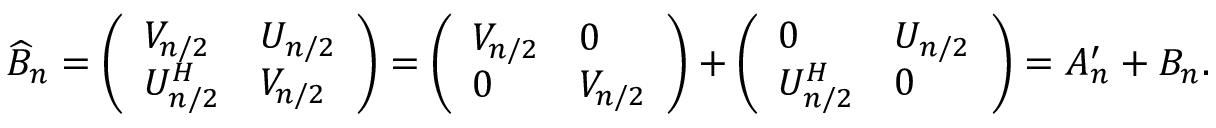
\widehat { B } _ { n } = \left( \begin{array} { l l } { V _ { n / 2 } } & { U _ { n / 2 } } \\ { U _ { n / 2 } ^ { H } } & { V _ { n / 2 } } \end{array} \right) = \left( \begin{array} { l l } { V _ { n / 2 } } & { 0 } \\ { 0 } & { V _ { n / 2 } } \end{array} \right) + \left( \begin{array} { l l } { 0 } & { U _ { n / 2 } } \\ { U _ { n / 2 } ^ { H } } & { 0 } \end{array} \right) = A _ { n } ^ { \prime } + B _ { n } .